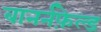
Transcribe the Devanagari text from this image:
बानर्नफ़ेल्ड